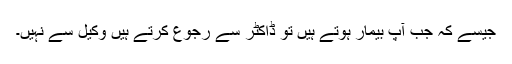
جیسے کہ جب آپ بیمار ہوتے ہیں تو ڈاکٹر سے رجوع کرتے ہیں وکیل سے نہیں۔